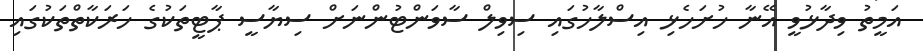
އަމީތު ވިދާޅުވީ އޭނާ ހުށަހެޅި އިސްލާހުގައި ސިވިލް ސާވަންޓުންނަށް ސިޔާސީ ޕާޓީތަކުގެ ހަރަކާތްތަކުގައި